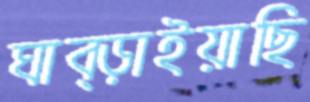
ঘাব্‌ড়াইয়াছি